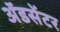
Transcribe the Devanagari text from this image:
ॲडसेंटर